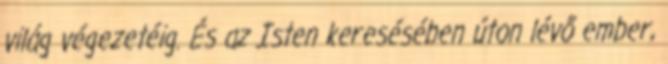
világ végezetéig. És az Isten keresésében úton lévő ember,